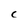
Character: C